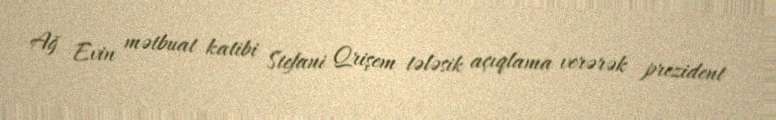
Ağ Evin mətbuat katibi Stefani Qrişem tələsik açıqlama verərək prezident